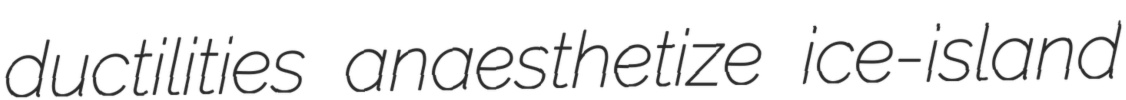
ductilities anaesthetize ice-island